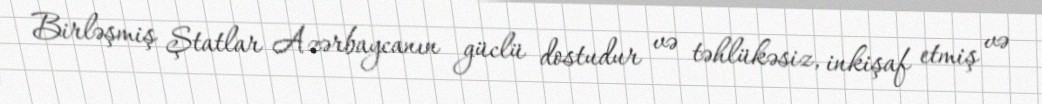
Birləşmiş Ştatlar Azərbaycanın güclü dostudur və təhlükəsiz, inkişaf etmiş və